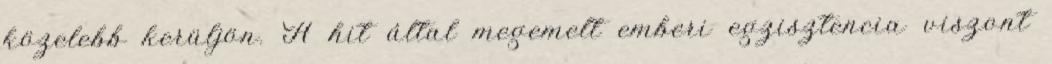
közelebb kerüljön. A hit által megemelt emberi egzisztencia viszont